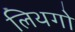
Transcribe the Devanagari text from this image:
लिथगो